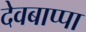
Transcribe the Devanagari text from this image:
देवबाप्पा